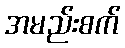
အမည်းစက်